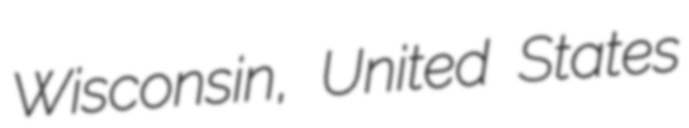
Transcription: Wisconsin, United States